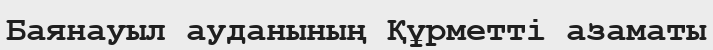
Баянауыл ауданының Құрметті азаматы